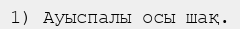
1) Ауыспалы осы шақ.